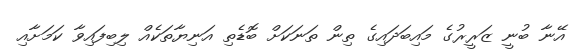
އޭނާ ބުނީ ޒަރީރުގެ މައިބަދައިގެ ތިން ތަނަކަށް ބޮޑެތި އަނިޔާތަކެއް ލިބިފައިވާ ކަމަށާއި